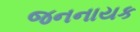
જનનાયક